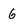
Character: 6